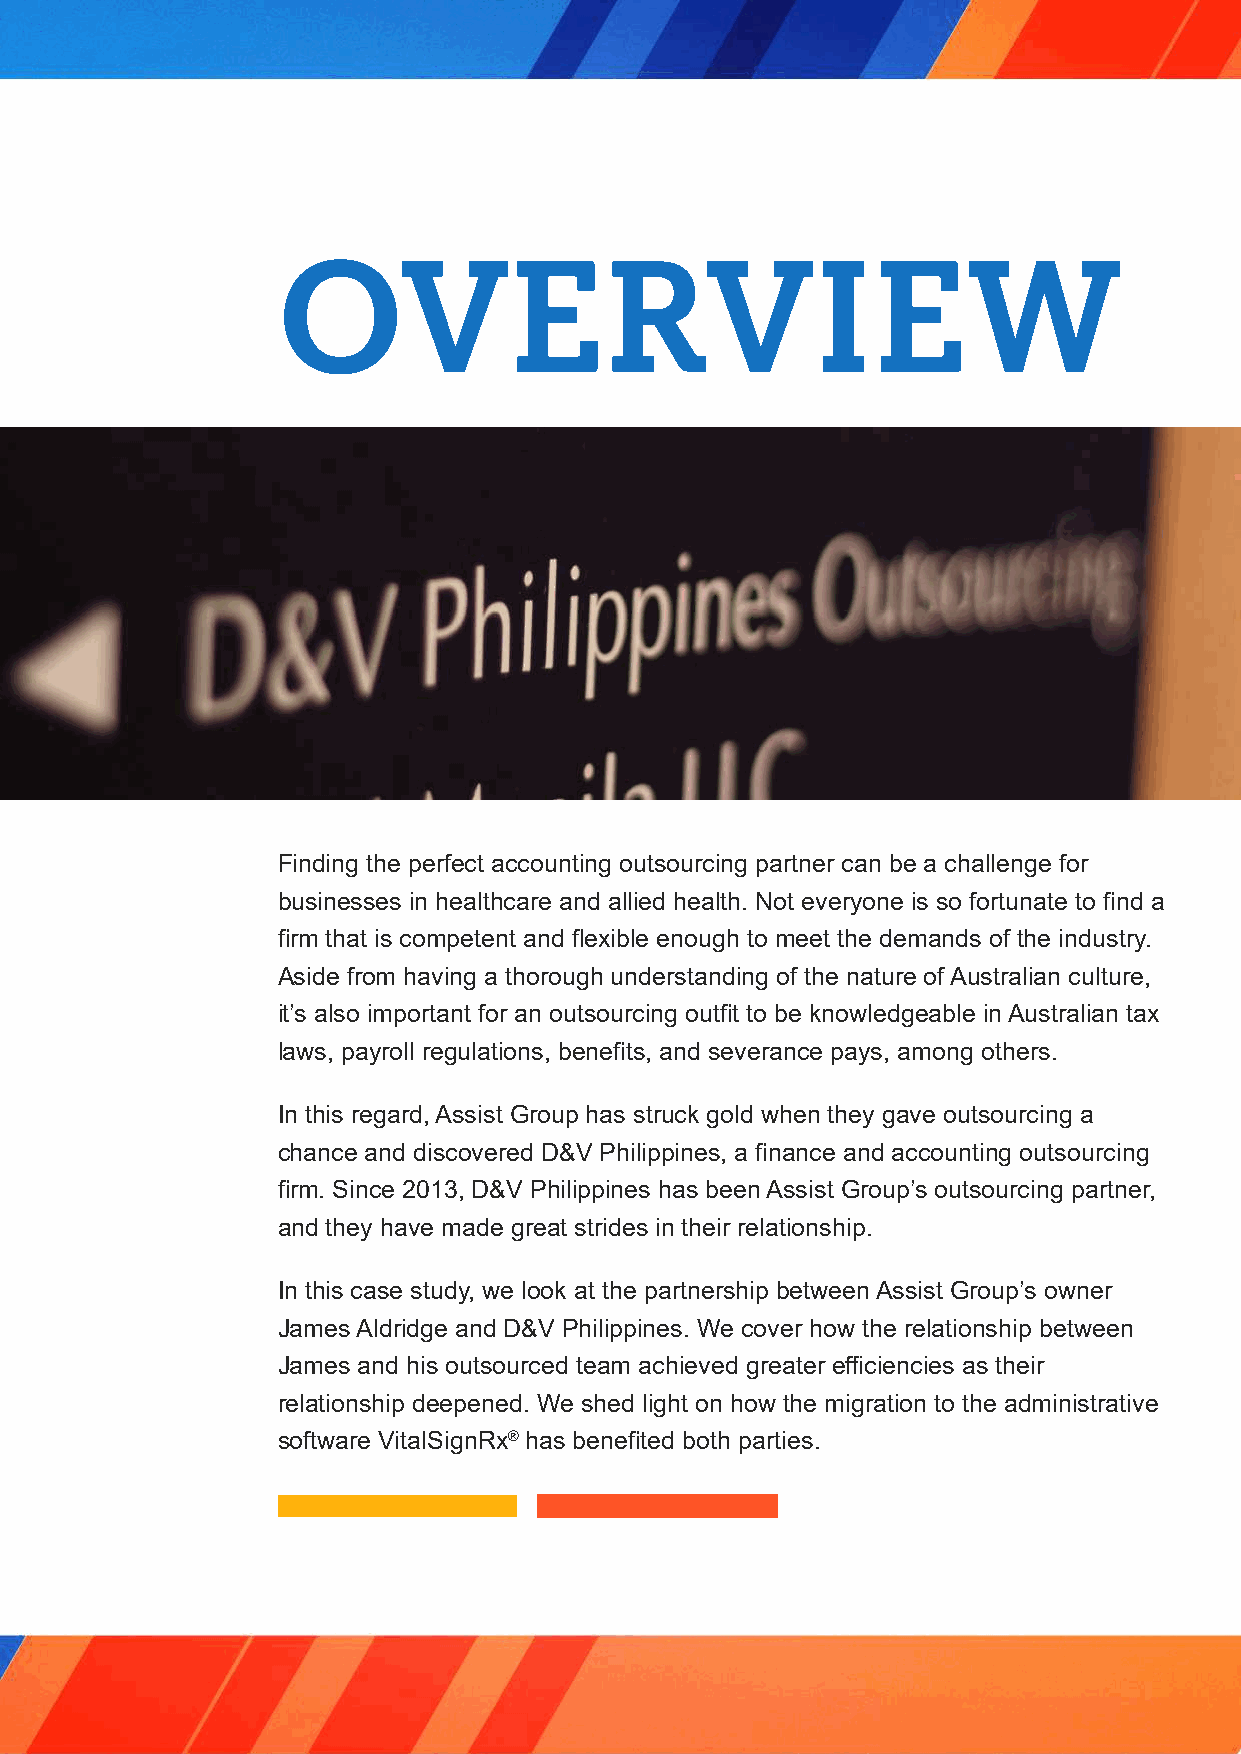
OVERVIEW
 Finding the perfect accounting outsourcing partner can be a challenge for
 businesses in healthcare and allied health. Not everyone is so fortunate to find a
 firm that is competent and flexible enough to meet the demands of the industry.
 Aside from having a thorough understanding of the nature of Australian culture,
 it’s also important for an outsourcing outfit to be knowledgeable in Australian tax
 laws, payroll regulations, benefits, and severance pays, among others.
 In this regard, Assist Group has struck gold when they gave outsourcing a
 chance and discovered D&V Philippines, a finance and accounting outsourcing
 firm. Since 2013, D&V Philippines has been Assist Group’s outsourcing partner,
 and they have made great strides in their relationship.
 In this case study, we look at the partnership between Assist Group’s owner
 James Aldridge and D&V Philippines. We cover how the relationship between
 James and his outsourced team achieved greater efficiencies as their
 relationship deepened. We shed light on how the migration to the administrative
 software VitalSignRx® has benefited both parties.